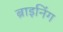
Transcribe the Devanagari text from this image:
ब्राइनिंग